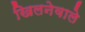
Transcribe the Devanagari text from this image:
खिलनेवाले